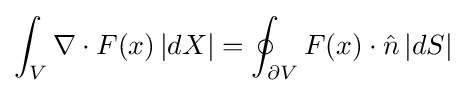
\int _{V}\nabla \cdot F(x)\,|dX|=\oint _{\partial V}F(x)\cdot {\hat {n}}\,|dS|